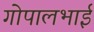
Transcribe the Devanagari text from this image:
गोपालभाई